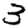
Digit: 3